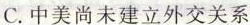
C.中美尚未建立外交关系